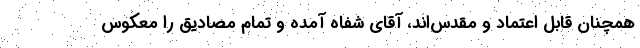
همچنان قابل اعتماد و مقدس‌اند، آقای شفاه آمده و تمام مصادیق را معکوس